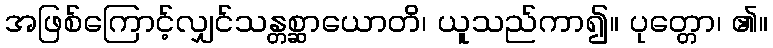
အဖြစ်ကြောင့်လျှင်သန္တစ္ဆာယောတိ၊ ယူသည်ကာ၍။ ပုတ္တော၊ ၏။